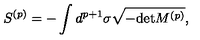
S ^ { ( p ) } = - \int d ^ { p + 1 } \sigma \sqrt { - \mathrm { d e t } M ^ { ( p ) } } ,